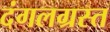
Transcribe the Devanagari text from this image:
दंगलग्रस्त